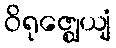
ဝိရုဇ္ဈေယျံ